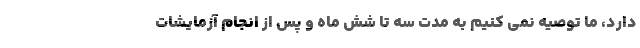
دارد، ما توصیه نمی کنیم به مدت سه تا شش ماه و پس از انجام آزمایشات